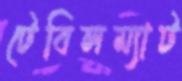
টেবিলম্যাট